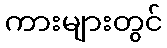
ကားများတွင်